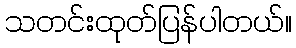
သတင်းထုတ်ပြန်ပါတယ်။